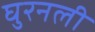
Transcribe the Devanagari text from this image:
घुरनली